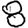
Digit: 8